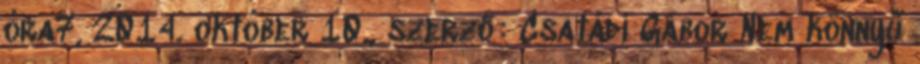
óra7, 2014. október 10., szerző: Csatádi Gábor Nem könnyű